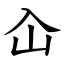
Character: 屳